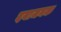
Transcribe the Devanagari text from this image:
दयाजनक